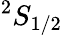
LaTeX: ^2S_{1/2}